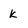
Character: k